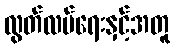
လွတ်လပ်ရေးနှင့်အတူ